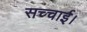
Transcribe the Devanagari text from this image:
सच्चाई।